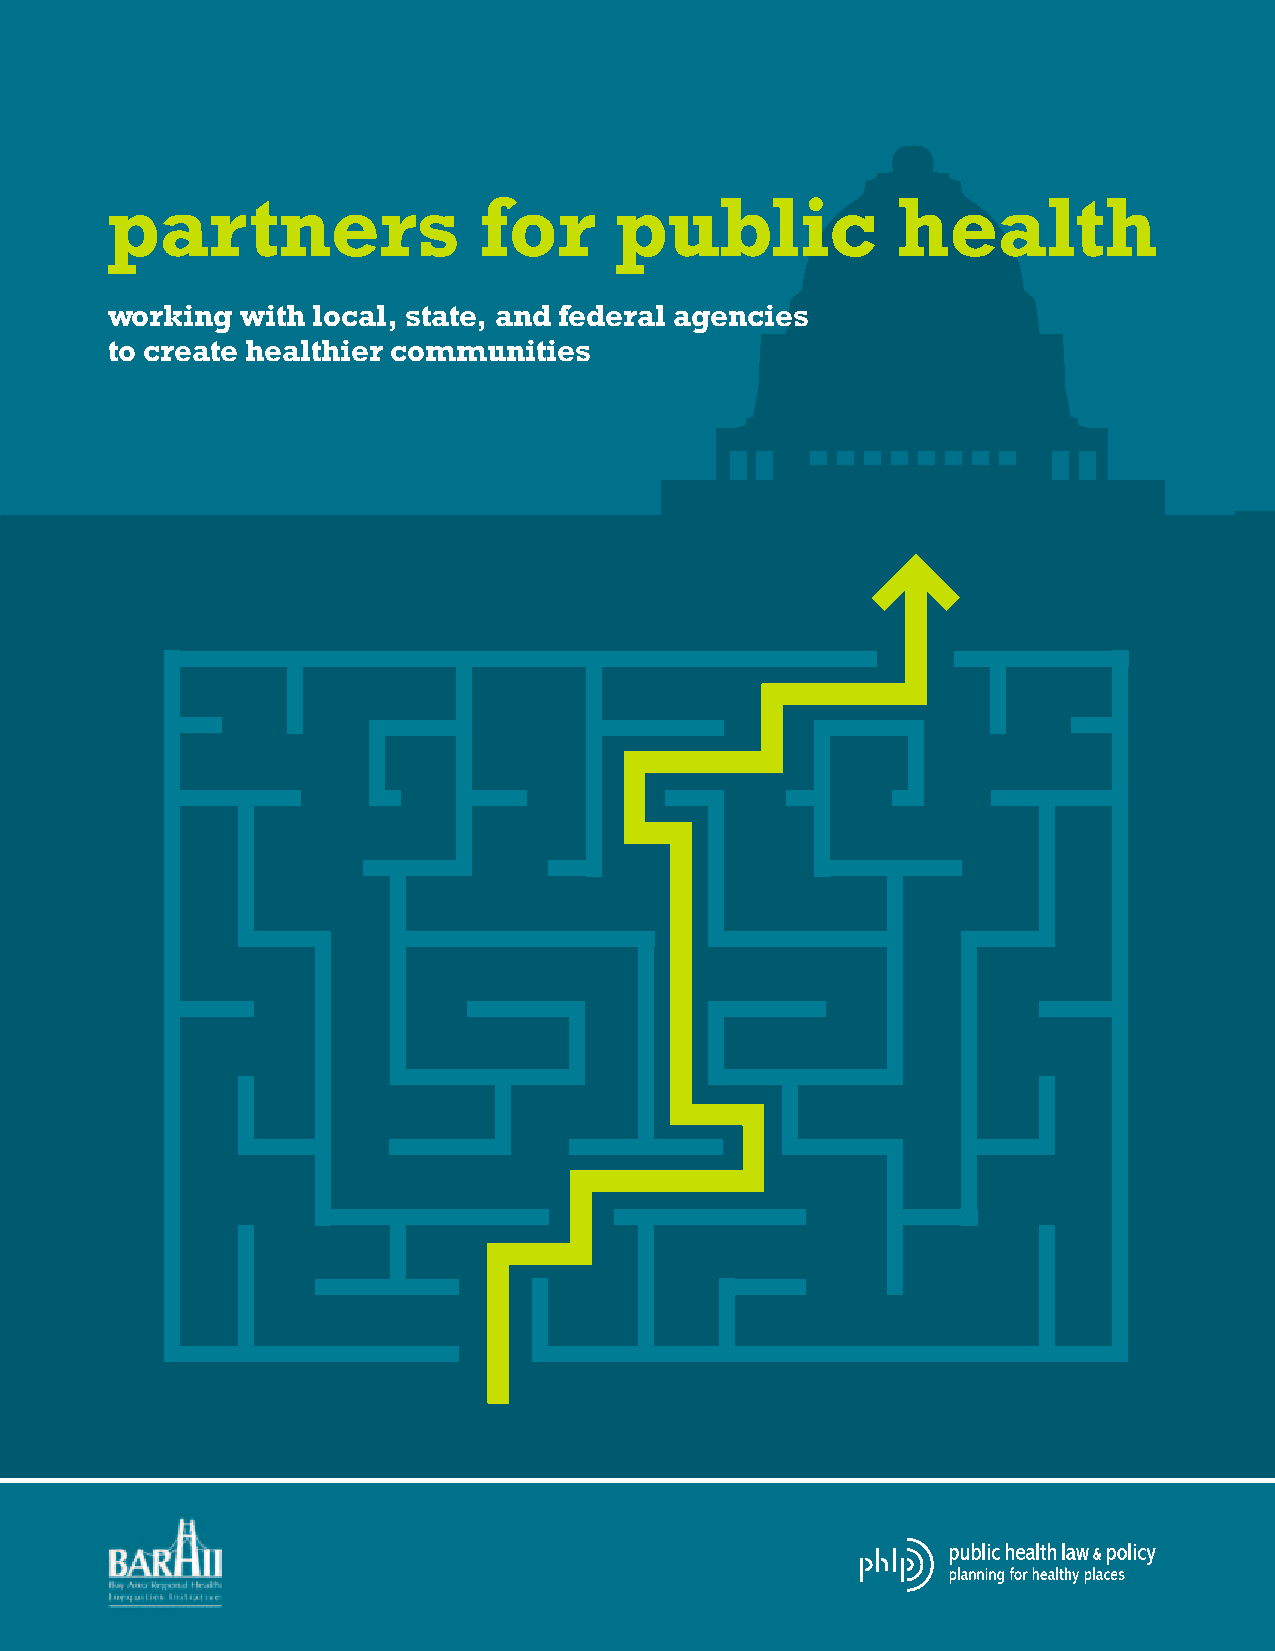
partners                 for      public            health
 working  with local, state, and federal agencies
 to create healthier communities